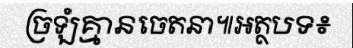
ច្រឡំគ្មានចេតនា៕អត្ថបទ៖